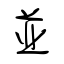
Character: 並